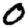
Digit: 0